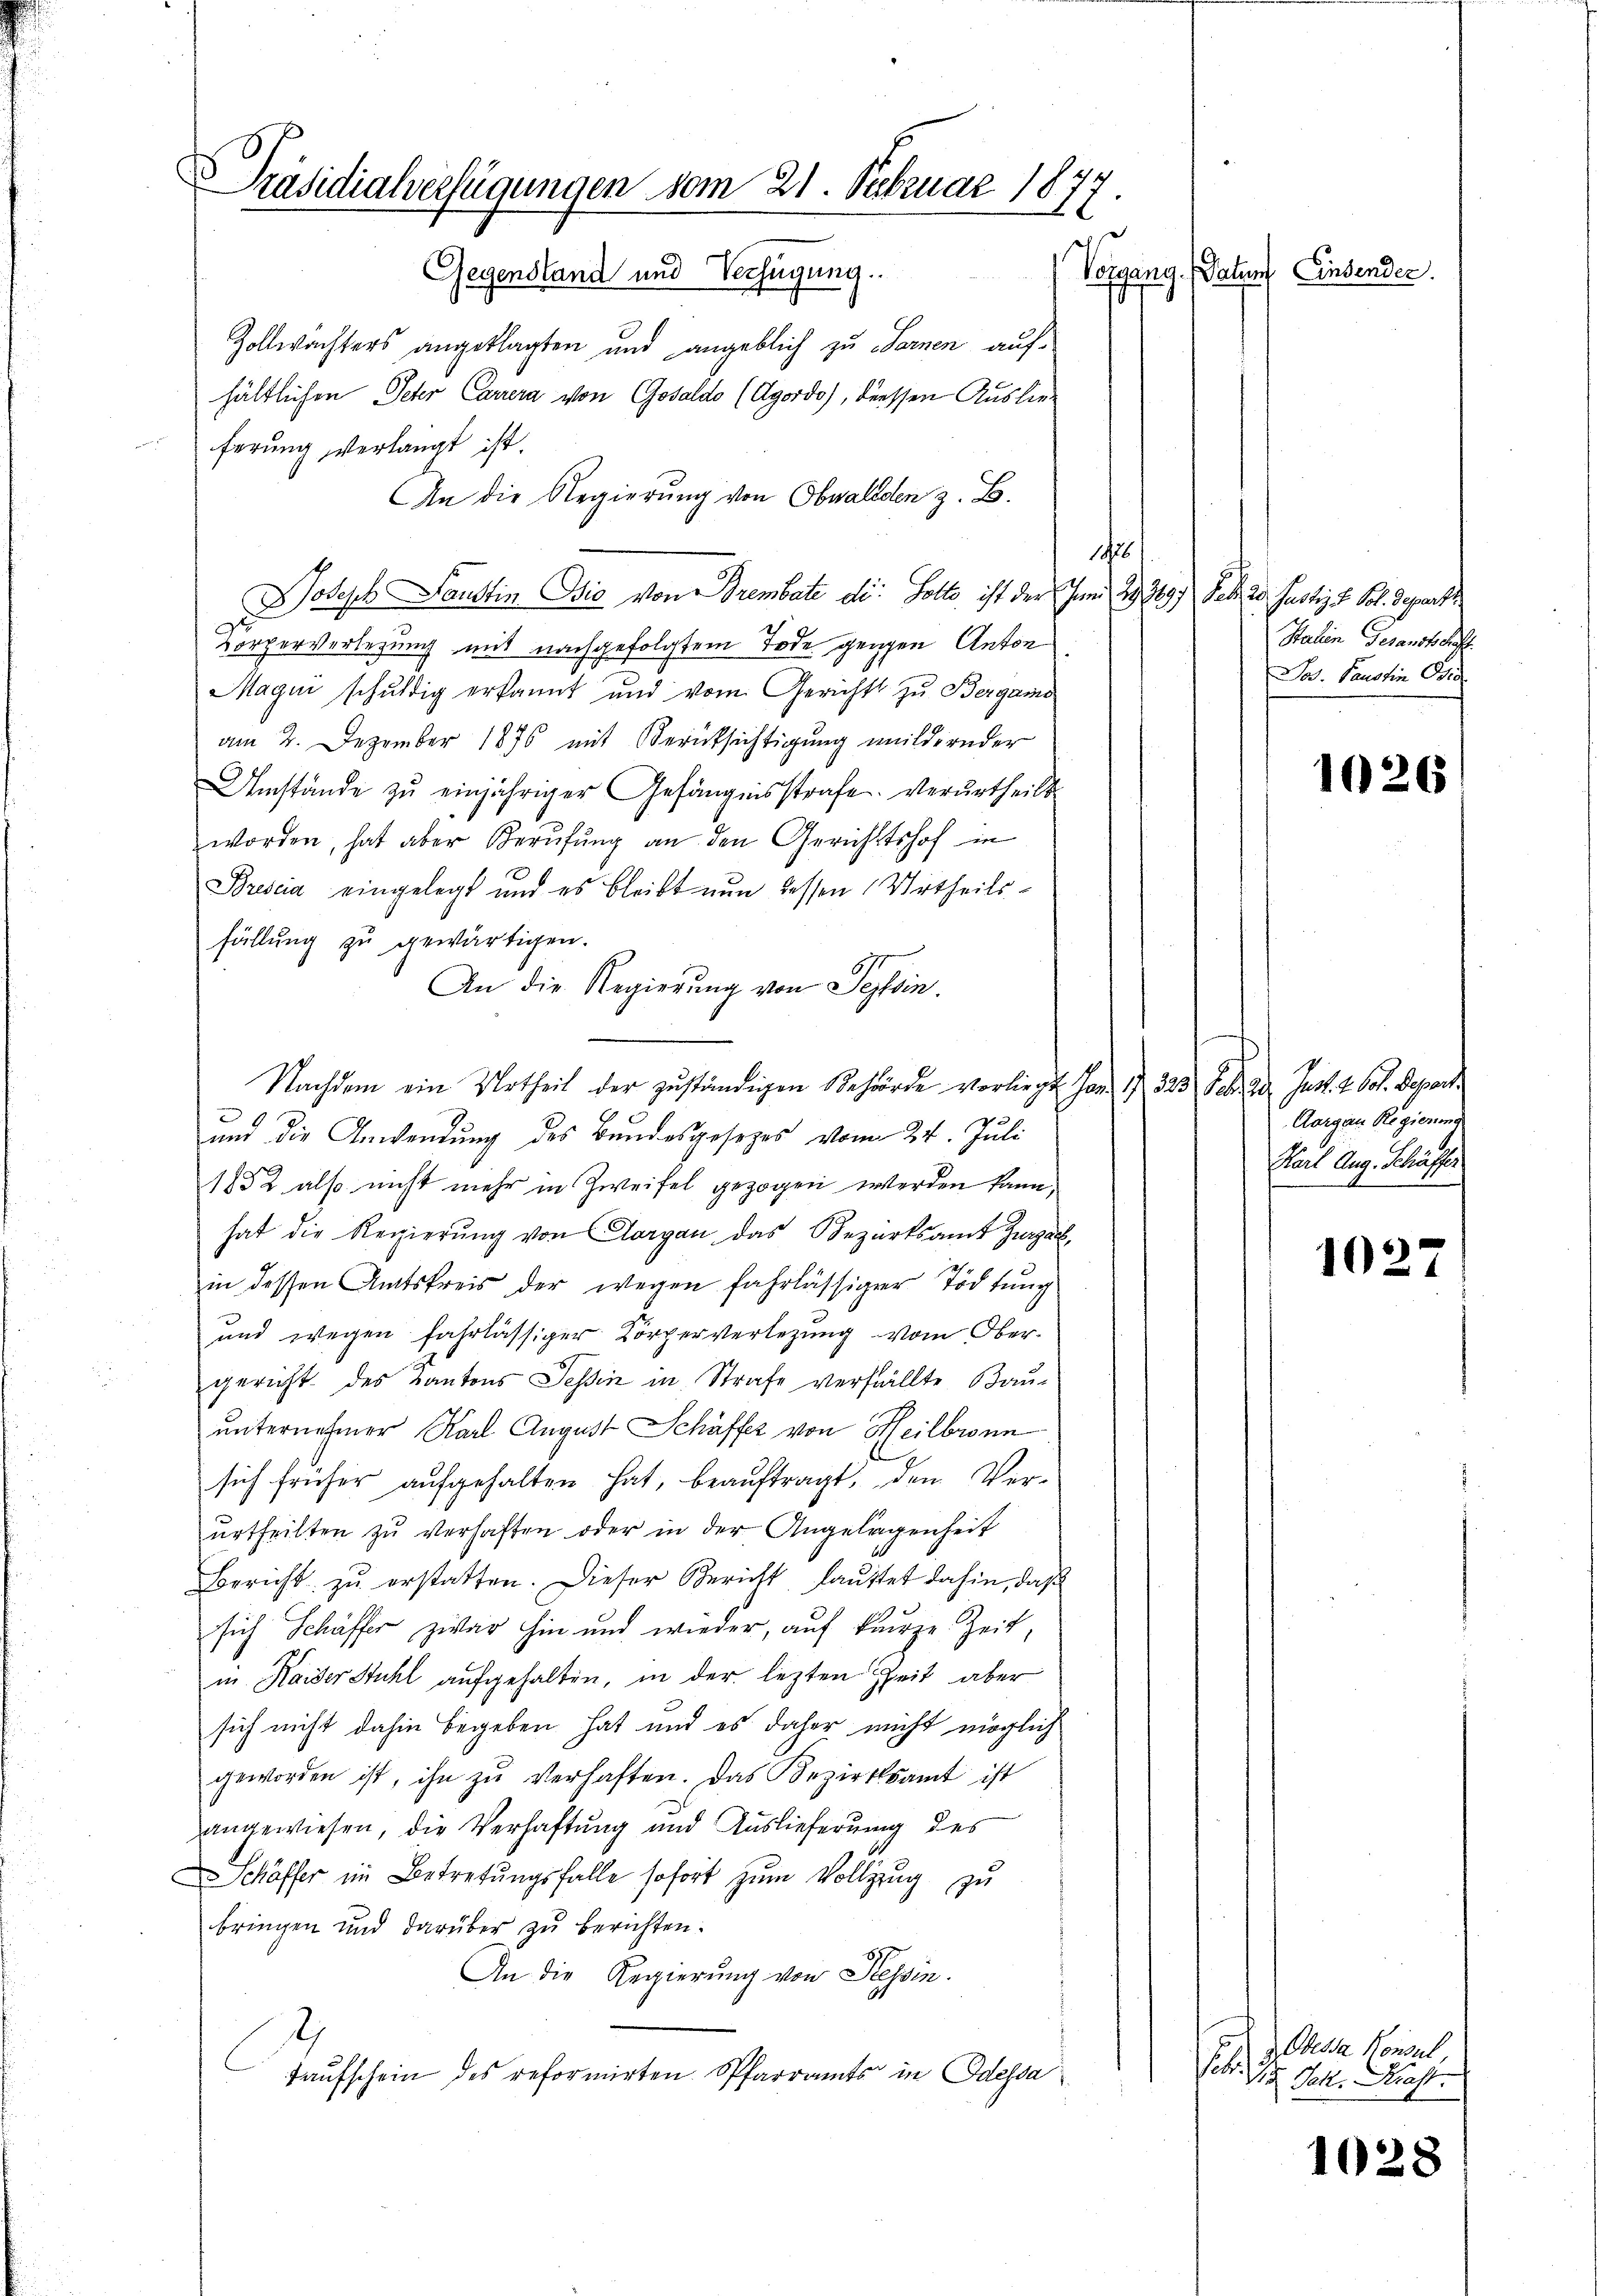
Präsidialverfügungen vom 21. Februar 1877.
Vorgang. Saturf Einsender.
Gegenstand und Verfügung.

Zollwachters angeklagten und angeblich zu Sarnen aufhältlichen Schr Carrera von Gosaldo (Agordo), diessen Auslieferung verlangt ist.
An die Regierŭng von Obwalden z. B.
e
Joseph Faustin Die von Brembate di: Solte, ist der Juni 29. 389. Febr. 20. Justiz u. Sol. Separt
Körperverlegung mit nachgefolgtem Tode gegen Anton
Magen schuldig erkannt und vom Gerichts zu Bergamo
am 2. Dezember 1876 mit Berücksichtigung mildernder
Umstände zu einjähriger Gefängnisstrafe. Verurtheilt.
worden, hat aber Berufung an den Gerichtshof in
Brescia eingelegt und es bleibt nun dessen Urtheils-
füllung zu gewärtigen.
An die Regierung von Tessin.
Nachdem ein Urtheil der zuständigen Behörde vorliegt. Jan. 1. 325 Febr. ad Just. 2. Sol. Depart
und die Anwendung des Bundesgesezes vom 24. Juli
1882 also nicht mehr in Zweifel gezogen werden kann,
hat die Regierŭng von Aargau, das Bezirksamt Zurzach,
in dessen Amtskreis der wegen fahrlässiger Tödtung
und wegen fahrlässiger Körperverlegung vom Ober-
gericht des Kantons Tessin in Strafe verfällte Bau-
unternehmer Karl August Schäffer von Heilbronn
sich früher aufgehalten hat, beauftragt, den Ver-
ŭrtheilten zu verhaften oder in der Angelegenheit
Bericht zŭ erstatten. Dieser Bericht, laŭttet dahin, daß
sich Schäffer zwar hin und wieder, auf kurze Zeit,
in Kaiser Stuhl aufgehalten, in der lezten Zeit aber
sich nicht dahin begeben hat und es daher nicht möglich
geworden ist, ihn zŭ verhaften. Das Bezirksamt ist
angewiesen, die Verhaftung und Auslieferung des
Schäffer im Betretungsfalle sofort zum Vollzug zu
bringen und darüber zu berichten.
An die Regierung von Tessin.
Taufschein des reformirten Pfarramts in Odessa

Stahen Gesandtschrift.
Jos. Paustin Eid

1026

Aargau Regierung
Karl Aug. Schäffer

1027

Odessa Konsul,
t
Jak. Kraft.

1028